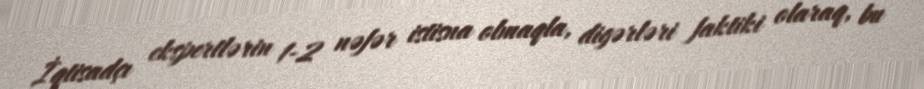
İqtisadçı ekspertlərin 1-2 nəfər istisna olmaqla, digərləri faktiki olaraq, bu